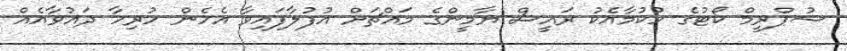
ސުޕްރީމް ކޯޓުގެ ހުކުމާއެކު ރައީސް ޔާމީންގެ މައްޗަށް އުފުލާފައިވާ އެހެން ހުރިހާ ދައުވާއެއް